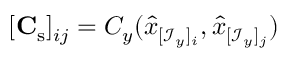
[ \mathbf { C } _ { \mathrm { s } } ] _ { i j } = C _ { y } ( \hat { x } _ { [ \mathcal { I } _ { y } ] _ { i } } , \hat { x } _ { [ \mathcal { I } _ { y } ] _ { j } } )